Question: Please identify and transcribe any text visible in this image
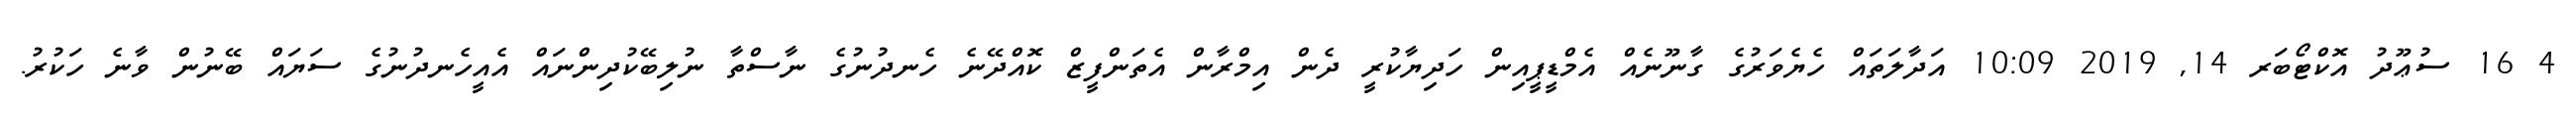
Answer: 4 16 ސުޢޫދު އޮކްޓޯބަރ 14, 2019 10:09 އަދާލަތައް ހެޔެވަރުގެ ގާނޫނެއް އެމްޑީޕީއިން ހަދިޔާކުރީ ދެން އިމްރާން އެތަންފީޒް ކޮއްދޭނެ ހެނދުނުގެ ނާސްތާ ނުލިބޭކުދިންނައް އެއީހެނދުނުގެ ސަޔައް ބޭނުން ވާނެ ހަކުރު.